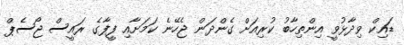
ޑައިކް ވިދާޅުވީ އިންތިހާބު ކުރިއަށް ގެންދަން ޖެހޭނެ ކަމަށާއި ފީފާގެ ރައީސް ޖޯސެޕް